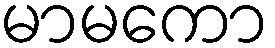
မာမကော